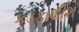
કડફાશીશ